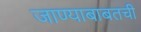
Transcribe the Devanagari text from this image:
जाण्याबाबतची